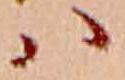
ハ